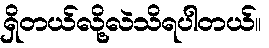
ရှိတယ်လို့လဲသိရပါတယ်။